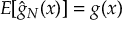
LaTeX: E [ { \hat { g } } _ { N } ( x ) ] = g ( x )